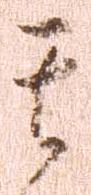
其